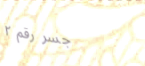
جسر رقم ٢